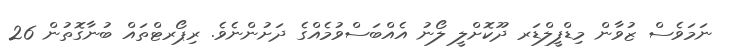
ނަމަވެސް ޒުވާން މިޑްފީލްޑަރ ދޫކޮށްލީ ލޯނު އެއްބަސްވުމެއްގެ ދަށުންނެވެ. ރިޕޯރޓްތައް ބުނާގޮތުން 26